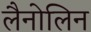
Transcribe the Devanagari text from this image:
लैनोलिन